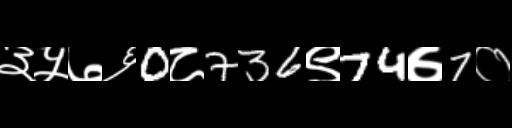
Text: ३५७६0८736९74७7०